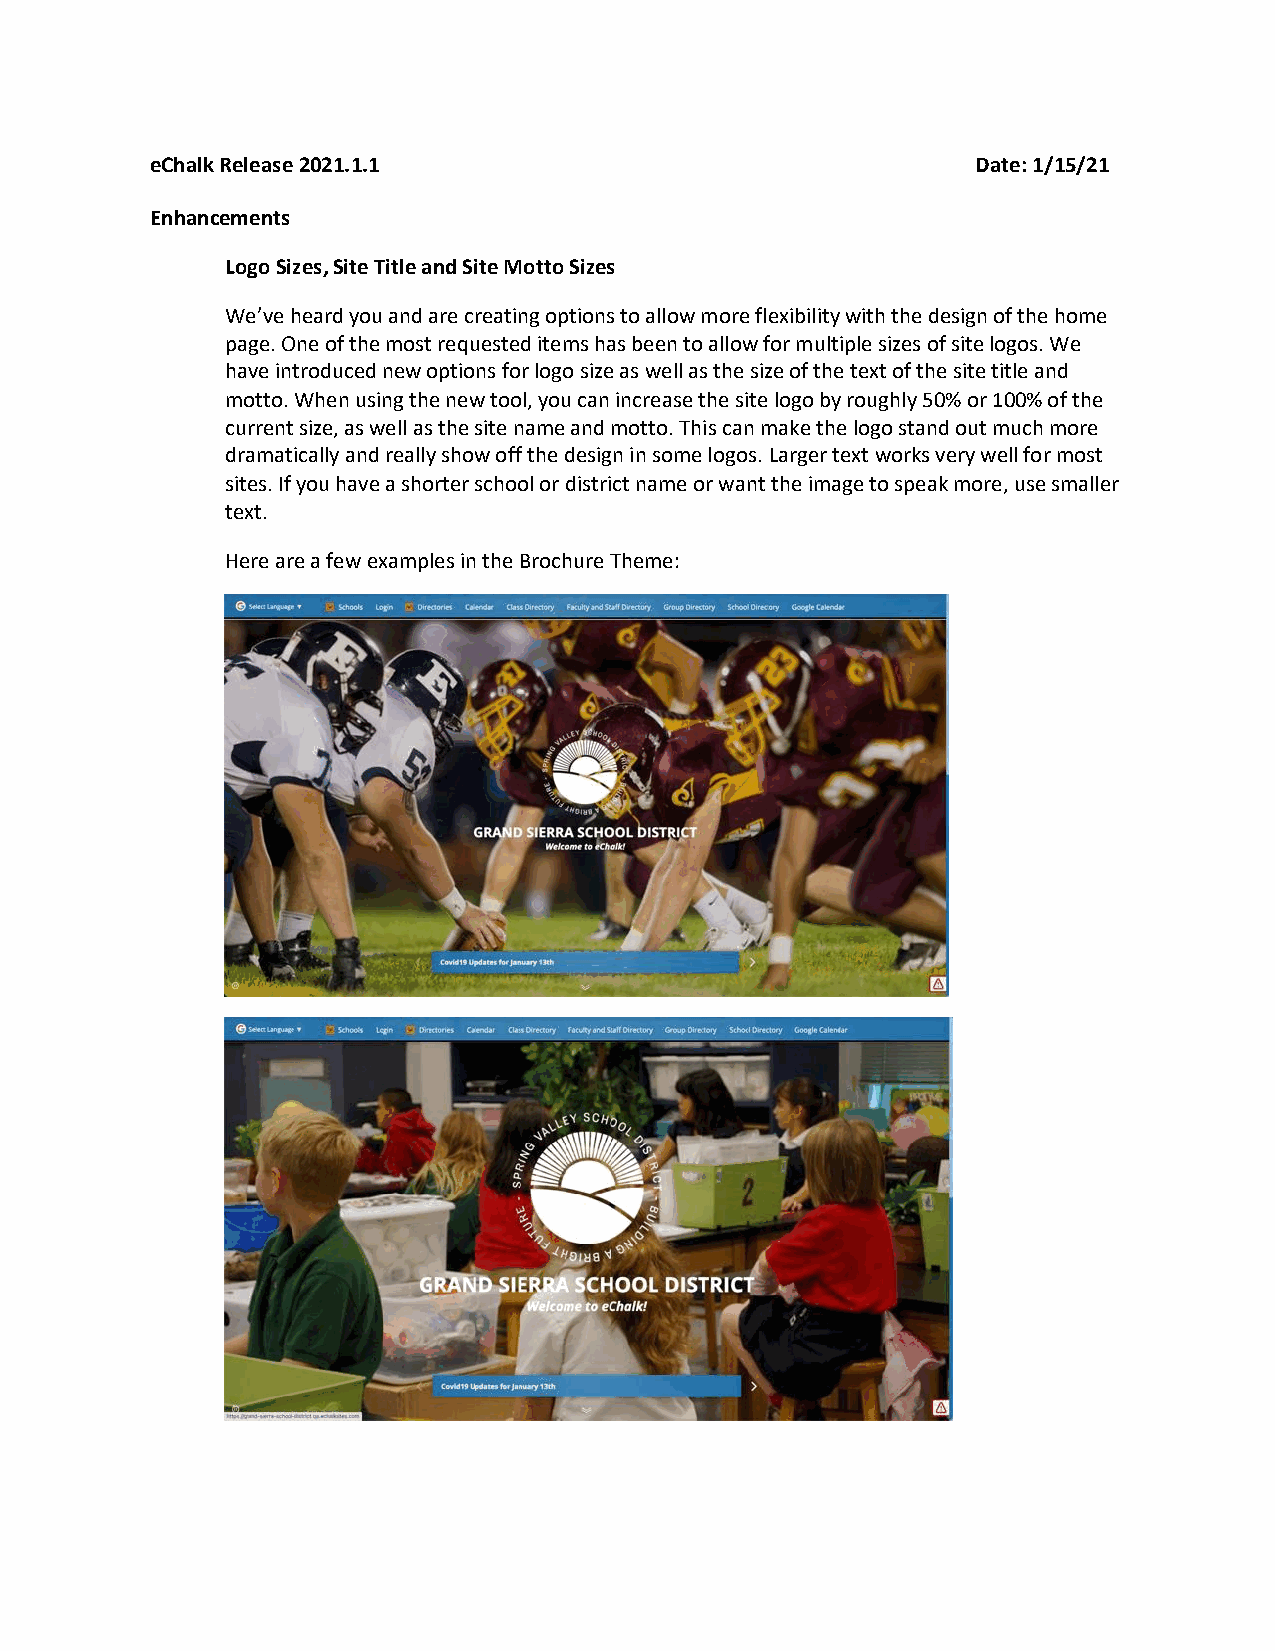
eChalk Release 2021.1.1                                Date: 1/15/21
 Enhancements
 Logo Sizes, Site Title and Site Motto Sizes
 We’ve heard you and are creating options to allow more flexibility with the design of the home
 page. One of the most requested items has been to allow for multiple sizes of site logos. We
 have introduced new options for logo size as well as the size of the text of the site title and
 motto. When using the new tool, you can increase the site logo by roughly 50% or 100% of the
 current size, as well as the site name and motto. This can make the logo stand out much more
 dramatically and really show off the design in some logos. Larger text works very well for most
 sites. If you have a shorter school or district name or want the image to speak more, use smaller
 text.
 Here are a few examples in the Brochure Theme: